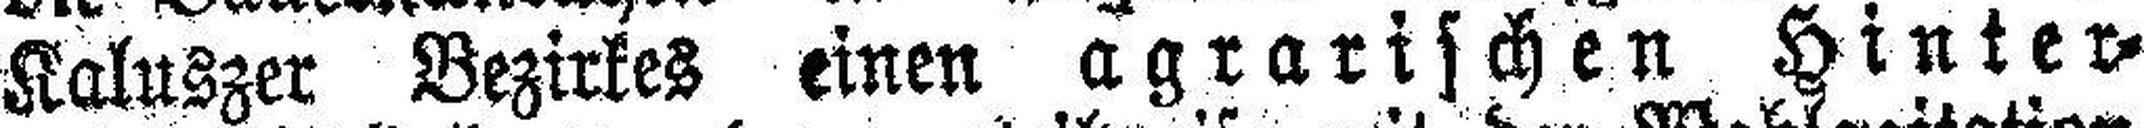
Kaluszer Bezirkes einen agrarischen Hinter¬